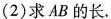
(2)求AB的长.